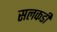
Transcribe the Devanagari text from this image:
सलकडी